Annual report of the Camel Specialist
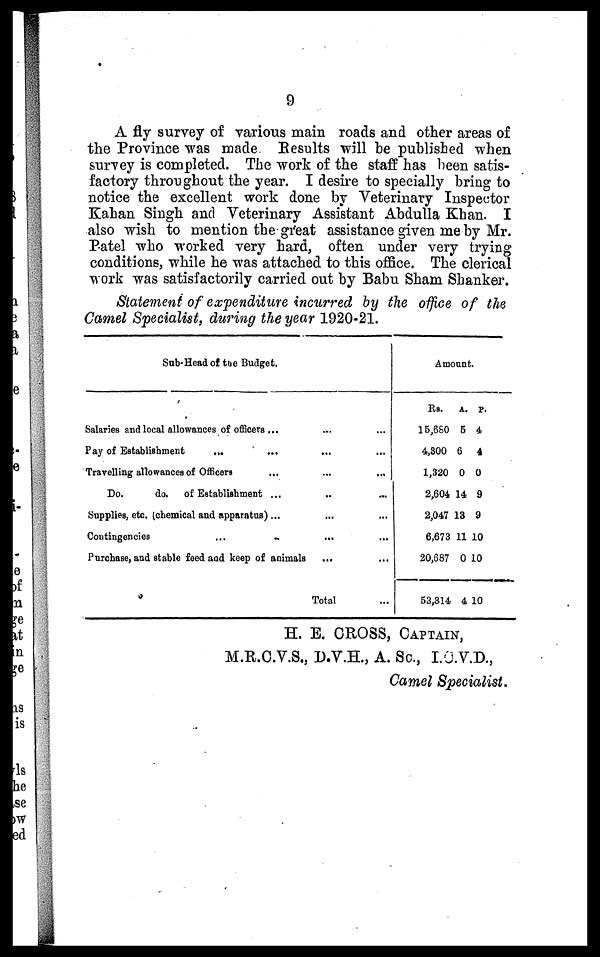
9
A fly survey of various main roads and other areas of
the Province was made. Results will be published when
survey is completed. The work of the staff has been satis-
factory throughout the year. I desire to specially bring to
notice the excellent work done by Veterinary Inspector
Kahan Singh and Veterinary Assistant Abdulla Khan. I
also wish to mention the great assistance given me by Mr.
Patel who worked very hard, often under very trying
conditions, while he was attached to this office. The clerical
work was satisfactorily carried out by Babu Sham Shanker.
Statement of expenditure incurred by the office of the
Camel Specialist, during the year 1920-21.
Sub-Head of the Budget.
Salaries and local allowances of officers ...
Pay of Establishment
...
Travelling allowances of Officers
...
Do.
do. of Establishment ...
Supplies, etc. (chemical and apparatus) ...
Contingencies ... ..
Purchase, and stable feed and keep of animals
...
...
...
...
...
...
...
Total
...
...
...
...
...
...
...
...
Amount.
Rs.
15,680
4,300
1,320
2,604
2,047
6,673
20,687
53,314
A.
5
6
0
14
13
11
0
4
P.
4
4
0
9
9
10
10
10
H. E. CROSS, CAPTAIN,
M.R.C.V.S., D.V.H., A. Sc., I.C.V.D.,
Camel Specialist.